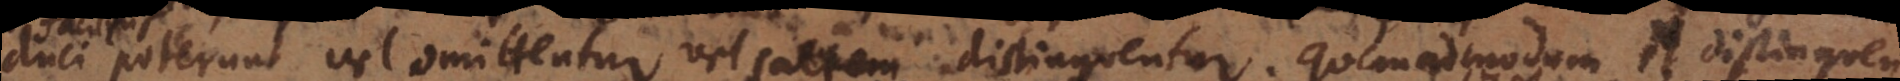
duci poterunt vel omittentur vel saltem distinguentur. Quemadmodum et distinguen